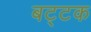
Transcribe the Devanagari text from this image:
बट्टक